38_143685_box7_Incident_Summaries_1-100
Agency: Department of War
Page 27
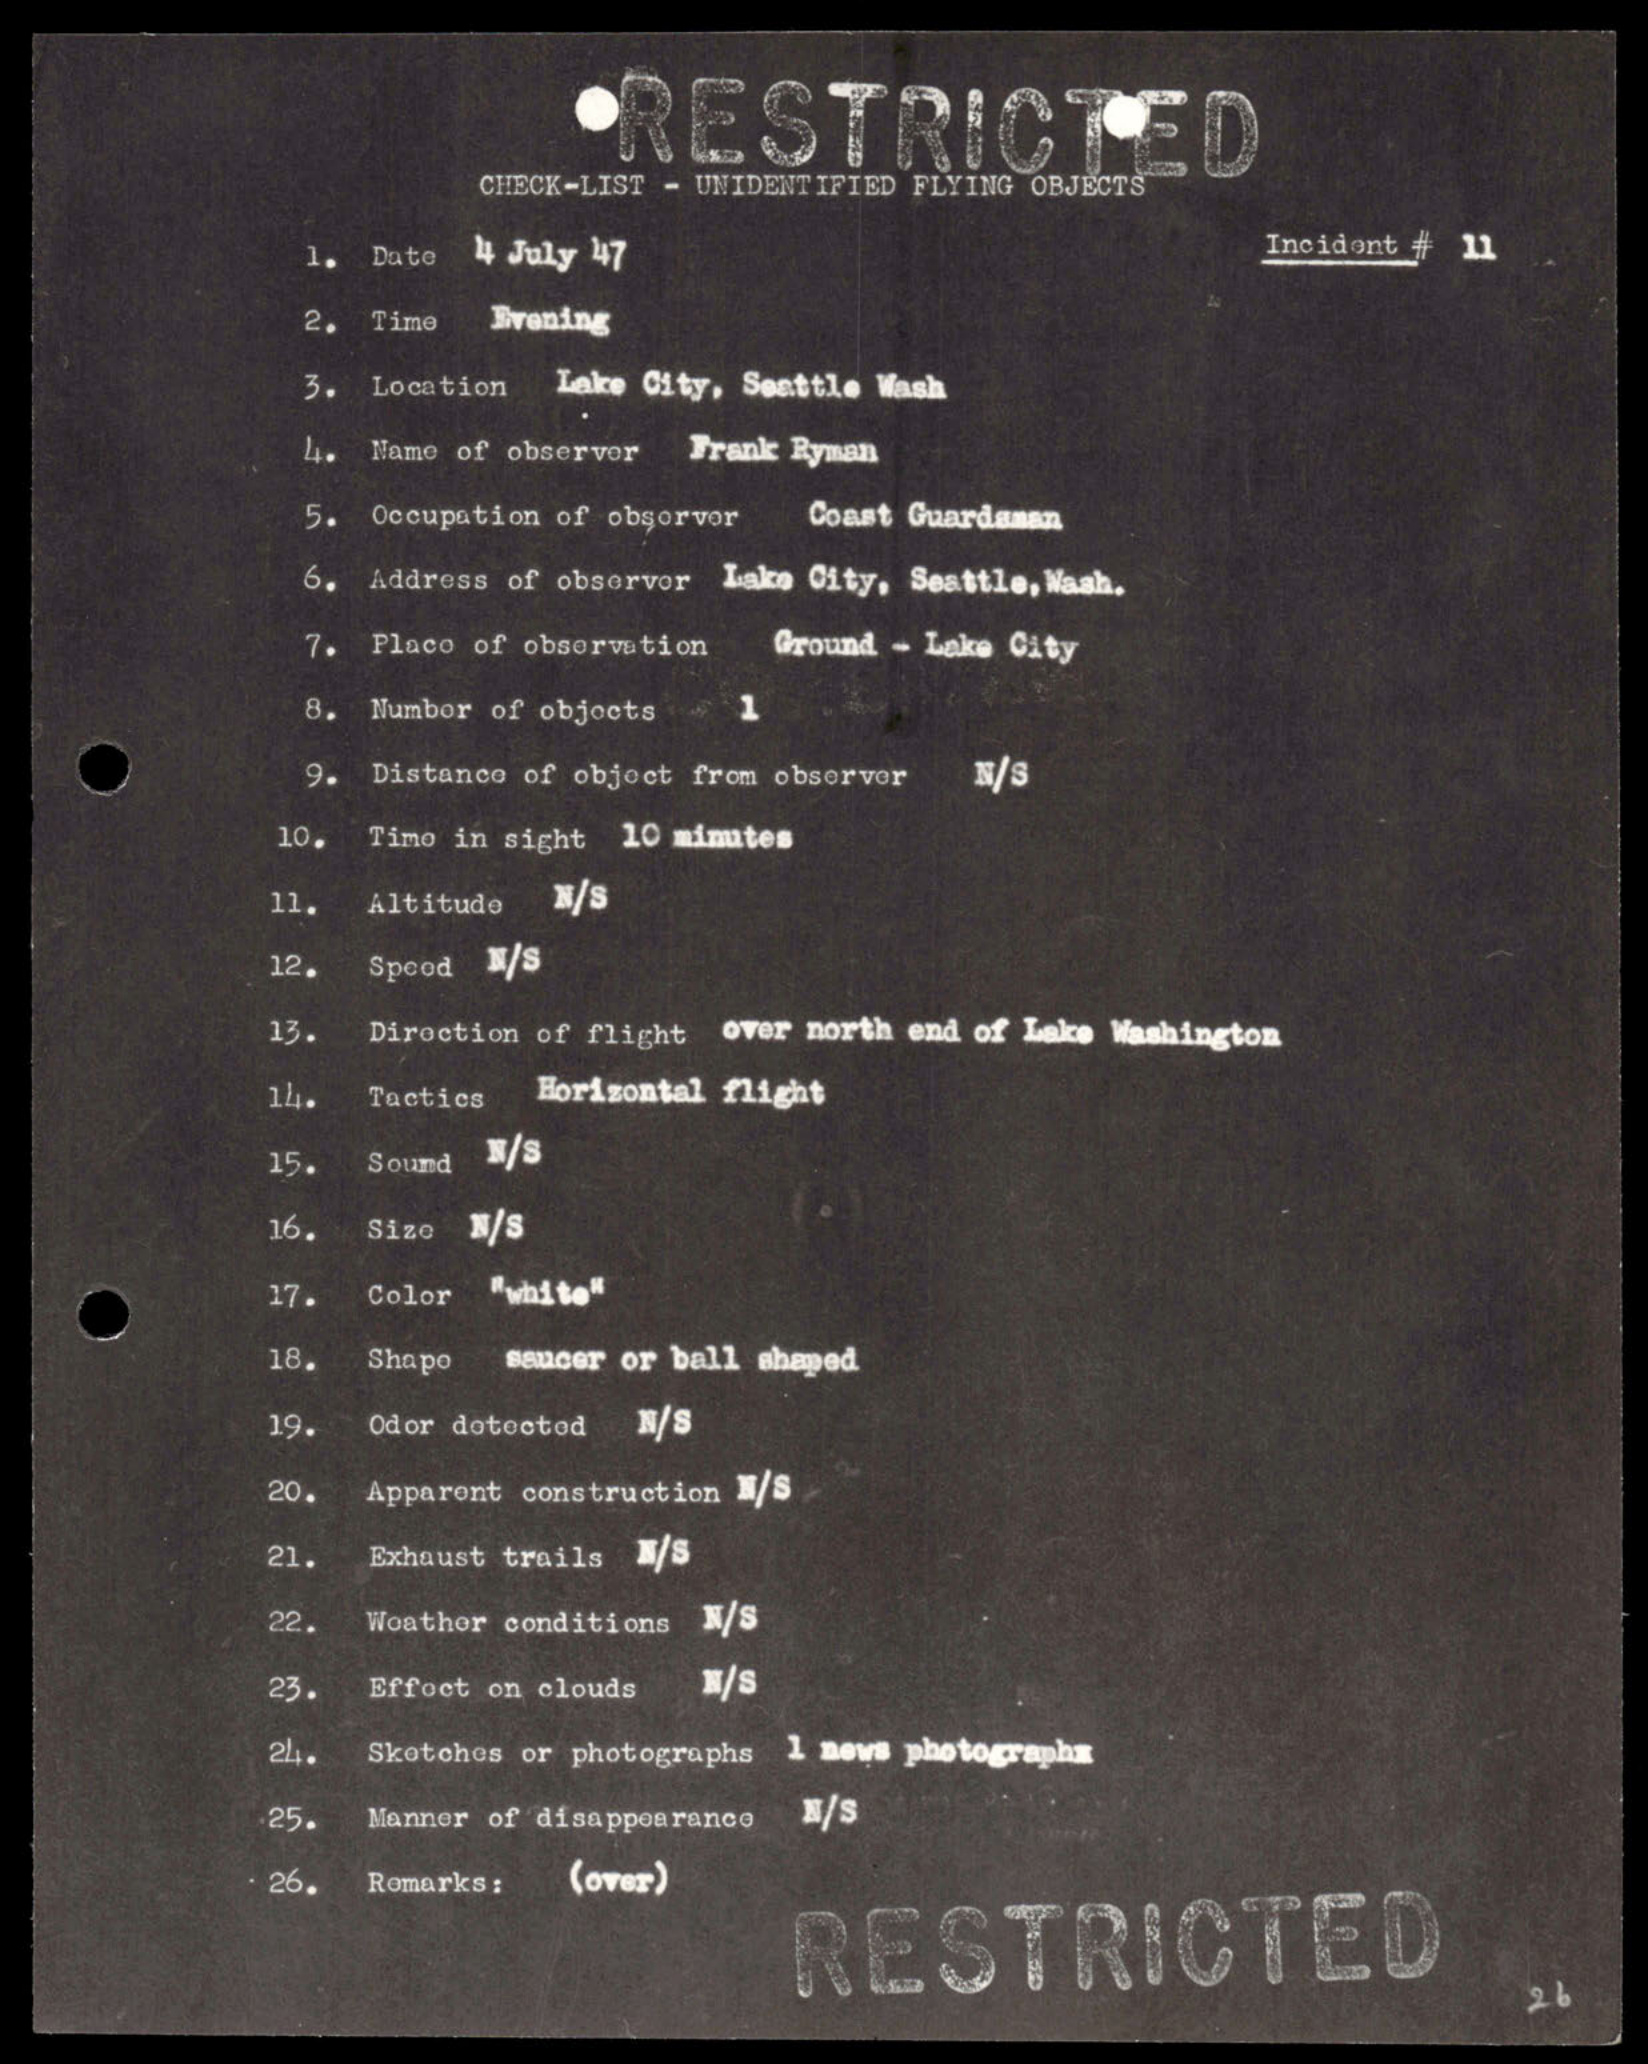